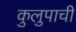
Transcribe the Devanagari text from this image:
कुलुपाची